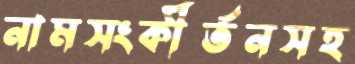
নামসংকীর্তনসহ